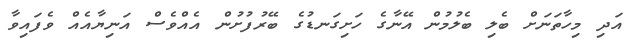
އަދި މިހާތަނަށް ބެލި ބެލުމުން އޭނާގެ ހަށިގަނޑުގެ ބޭރުފުށުން އެއްވެސް އަނިޔާއެއް ވެފައިވާ